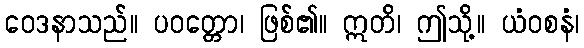
ဝေဒနာသည်။ ပဝတ္တော၊ ဖြစ်၏။ ဣတိ၊ ဤသို့။ ယံဝစနံ၊